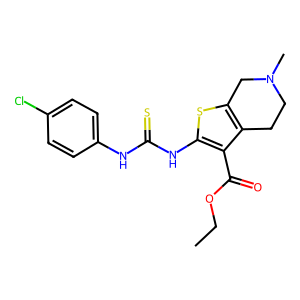
SMILES: CCOC(=O)c1c(NC(=S)Nc2ccc(Cl)cc2)sc2c1CCN(C)C2
Inhibits HIV replication: No